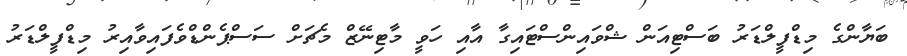
ބަޔާންގެ މިޑްފީލްޑަރު ބަސްޓިއަން ޝްވައިންސްޓައިގާ އާއި ހަވީ މާޓިނޭޒް މެޗަށް ސަސްޕެންޑްވެފައިވާއިރު މިޑްފީލްޑަރު